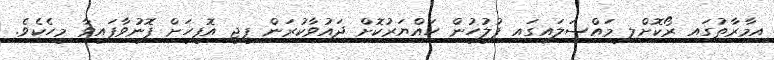
އިމާރާތުގައި ރޯކޮށްލި މައްސަލައިގައި ފުލުހުން ހައްޔަރުކޮށް ދައުވާކުރަން ޕީޖީ އޮފީހަށް ފޮނުވާފައިވާ މީހެކެވެ.